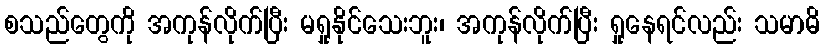
စသည်တွေကို အကုန်လိုက်ပြီး မရှုနိုင်သေးဘူး၊ အကုန်လိုက်ပြီး ရှုနေရင်လည်း သမာဓိ